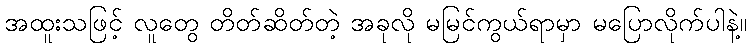
အထူးသဖြင့် လူတွေ တိတ်ဆိတ်တဲ့ အခုလို မမြင်ကွယ်ရာမှာ မပြောလိုက်ပါနဲ့။